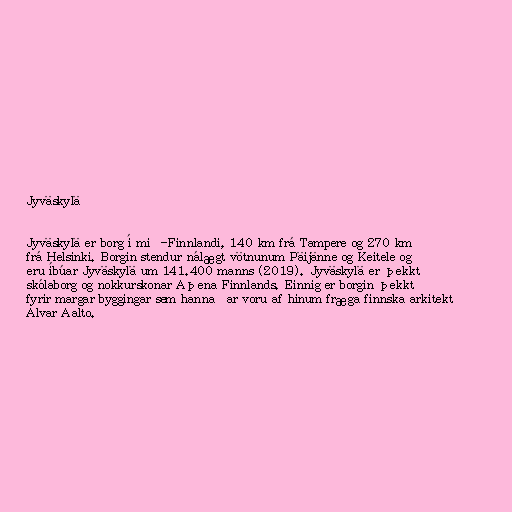
Jyväskylä

Jyväskylä er borg í mið-Finnlandi, 140 km frá Tampere og 270 km
frá Helsinki. Borgin stendur nálægt vötnunum Päijänne og Keitele og
eru íbúar Jyväskylä um 141.400 manns (2019). Jyväskylä er þekkt
skólaborg og nokkurskonar Aþena Finnlands. Einnig er borgin þekkt
fyrir margar byggingar sem hannaðar voru af hinum fræga finnska arkitekt
Alvar Aalto.